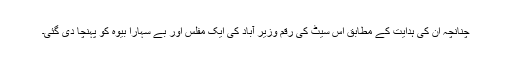
چنانچہ ان کی ہدایت کے مطابق اس سیٹ کی رقم وزیر آباد کی ایک مفلس اور بے سہارا بیوہ کو پہنچا دی گئی۔